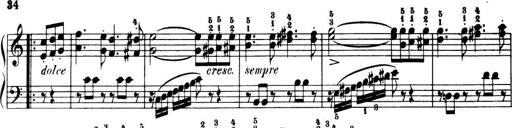
Title: 32 Sonatinas and Rondos for the Piano
Composer: Richard Kleinmichel